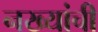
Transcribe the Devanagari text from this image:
नख्यांची